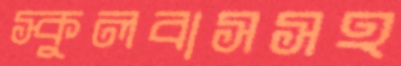
স্কুলবাসসহ